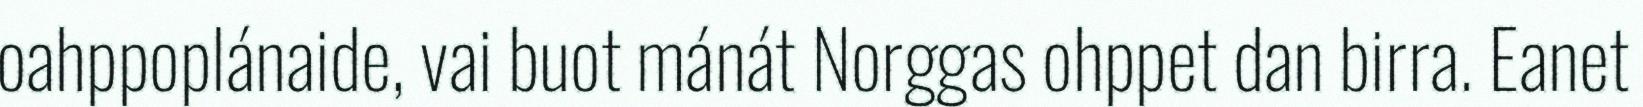
oahppoplánaide, vai buot mánát Norggas ohppet dan birra. Eanet